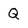
Character: Q